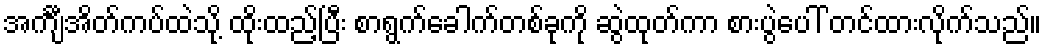
အင်္ကျီအိတ်ကပ်ထဲသို့ ထိုးထည့်ပြီး စာရွက်ခေါက်တစ်ခုကို ဆွဲထုတ်ကာ စားပွဲပေါ် တင်ထားလိုက်သည်။